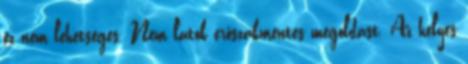
ez nem lehetséges. Nem látok erőszakmentes megoldást. Az helyes